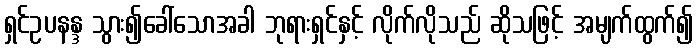
ရှင်ဥပနန္ဒ သွား၍ခေါ်သောအခါ ဘုရားရှင်နှင့် လိုက်လိုသည် ဆိုသဖြင့် အမျက်ထွက်၍